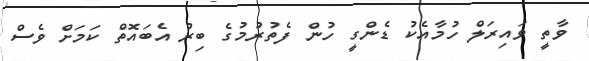
ވާތީ ވައިރަލް ހުމާއެކު ޑެންގީ ހުން ފެތުރުމުގެ ބިރު އެބައޮތް ކަމަށް ވެސް